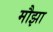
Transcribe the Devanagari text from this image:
मौझा